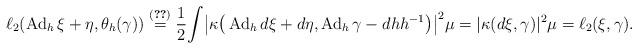
LaTeX: \begin{gather*}\ell_2(\operatorname{Ad}_h\xi+\eta,\theta_h(\gamma))\stackrel{\eqref{gaug}}{=}\frac12\!\int\!\big|\kappa\big(\operatorname{Ad}_hd\xi+d\eta,\operatorname{Ad}_h\gamma-dhh^{-1}\big)\big|^2\mu=|\kappa(d\xi,\gamma)|^2\mu=\ell_2(\xi,\gamma).\end{gather*}